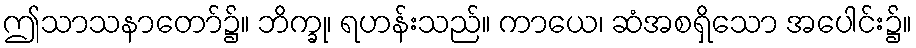
ဤသာသနာတော်၌။ ဘိက္ခု၊ ရဟန်းသည်။ ကာယေ၊ ဆံအစရှိသော အပေါင်း၌။